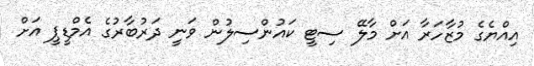
އިއްޔެގެ މުޒާހަރާ އަށް މާލޭ ސިޓީ ކައުންސިލުން ވަނީ ދަރުބާރުގެ އެމްޑީޕީ އަށް